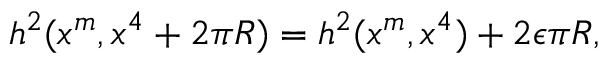
h ^ { 2 } ( x ^ { m } , x ^ { 4 } + 2 \pi R ) = h ^ { 2 } ( x ^ { m } , x ^ { 4 } ) + 2 \epsilon \pi R ,